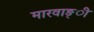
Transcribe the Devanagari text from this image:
मारवाङ्ी